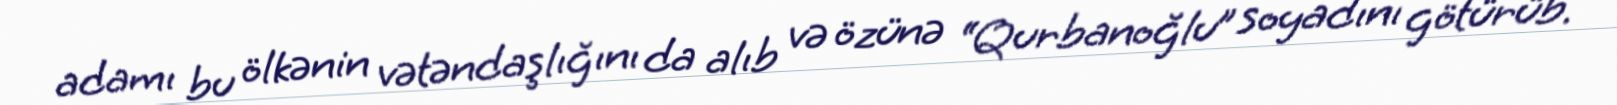
adamı bu ölkənin vətəndaşlığını da alıb və özünə “Qurbanoğlu” soyadını götürüb.